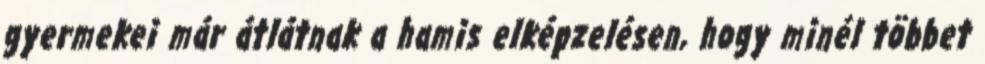
gyermekei már átlátnak a hamis elképzelésen, hogy minél többet